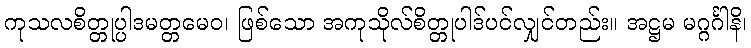
ကုသလစိတ္တုပ္ပါဒမတ္တမေဝ၊ ဖြစ်သော အကုသိုလ်စိတ္တုပါဒ်ပင်လျှင်တည်း။ အဋ္ဌမ မဂ္ဂင်္ဂါနိ၊